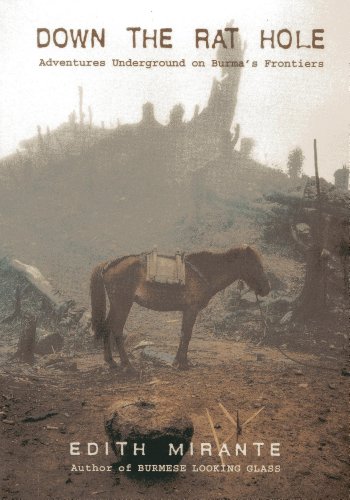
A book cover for Down the Rat Hole: Adventures Underground on Burma's Frontiers; Edith Mirante; Travel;